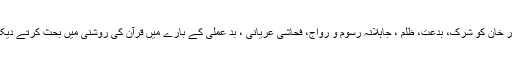
کبھی فاروق سرور خان کو شرک، بدعت، ظلم ، جاہلانہ رسوم و رواج، فحاشی عریانی ، بد عملی کے بارے میں قرآن کی روشنی میں بحث کرتے دیکھا ہے کسی نے ؟